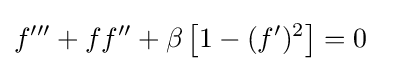
f'''+ff''+\beta \left[1-(f')^{2}\right]=0\quad